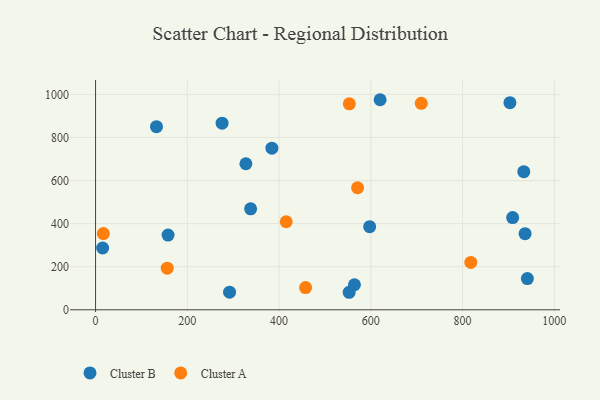
{"axis": {"x": "Speed", "y": "Demand"}, "legend": ["Cluster A", "Cluster B"], "data": [{"x": "292.1", "y": 81.7, "type": "Cluster B"}, {"x": "327.7", "y": 678.2, "type": "Cluster B"}, {"x": "620.3", "y": 975.5, "type": "Cluster B"}, {"x": "132.8", "y": 850.3, "type": "Cluster B"}, {"x": "275.8", "y": 866.8, "type": "Cluster B"}, {"x": "158.0", "y": 346.9, "type": "Cluster B"}, {"x": "936.3", "y": 353.4, "type": "Cluster B"}, {"x": "941.3", "y": 144.9, "type": "Cluster B"}, {"x": "384.4", "y": 750.4, "type": "Cluster B"}, {"x": "909.2", "y": 428.2, "type": "Cluster B"}, {"x": "933.5", "y": 641.5, "type": "Cluster B"}, {"x": "15.4", "y": 286.9, "type": "Cluster B"}, {"x": "903.3", "y": 961.8, "type": "Cluster B"}, {"x": "597.5", "y": 386.0, "type": "Cluster B"}, {"x": "338.0", "y": 468.8, "type": "Cluster B"}, {"x": "564.3", "y": 116.2, "type": "Cluster B"}, {"x": "552.8", "y": 81.3, "type": "Cluster B"}, {"x": "553.2", "y": 956.6, "type": "Cluster A"}, {"x": "17.0", "y": 354.0, "type": "Cluster A"}, {"x": "818.0", "y": 220.1, "type": "Cluster A"}, {"x": "457.8", "y": 103.2, "type": "Cluster A"}, {"x": "710.0", "y": 959.0, "type": "Cluster A"}, {"x": "415.6", "y": 408.8, "type": "Cluster A"}, {"x": "571.1", "y": 566.7, "type": "Cluster A"}, {"x": "156.2", "y": 193.1, "type": "Cluster A"}]}